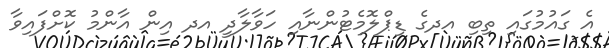
އެ ގައުމުގައި ތިބި އދގެ ޑިޕްލޮމެޓުންނާއި ހަވާލާދީ އދ އިން އާންމު ކޮށްފައިވާ